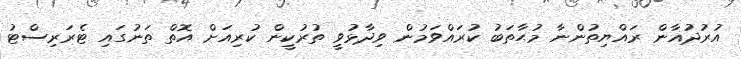
އުރުދުޣާން ރައްޔިތުންނާ މުޙާތަބު ކުރައްވަމުން ވިދާޅުވީ ތުރުކީން ކުރިއަށް އޮތް ތަނުގައި ޓެރަރިސްޓު